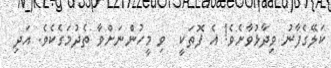
ކަލޭގެފާނު ވިދާޅުވާށެވެ! އެ ފޮތަކީ  ވި މީހުންނަށްވާ ތެދުމަގެކެވެ. އަދި